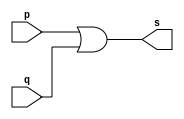
// Rafael Guimares de Sousa - 451607

module or1 (output s, input  p, input q);

assign s = p|q;

endmodule

module or2 (output s2, input  p, input q, input r);

or1 OR1 (s, p, q);
assign s2 = s|r;

endmodule

module testandgate;

reg a,b,c;
wire s;

or2 OR2 (s, a, b, c);

initial begin:start

a=0;b=0;c=0;

end

initial begin:main

$display("Exercicio0015 - Rafael Guimares de Sousa - 451607");
$monitor("%b %b %b | %b",a,b,c,s);

#1 a=0;b=0;c=1;
#1 a=0;b=1;c=0;
#1 a=0;b=1;c=1;
#1 a=1;b=0;c=0;
#1 a=1;b=0;c=1;
#1 a=1;b=1;c=0;
#1 a=1;b=1;c=1;
end

endmodule